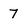
Character: 7